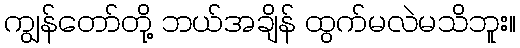
ကျွန်တော်တို့ ဘယ်အချိန် ထွက်မလဲမသိဘူး။